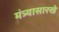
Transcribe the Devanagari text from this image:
मंत्र्यासारखे